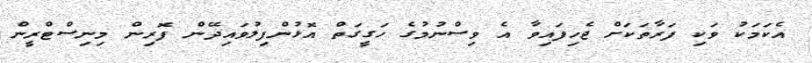
އެކަމަކު ވަކި ފަރާތަކަށް ޖެހިފައިވާ އެ ވިސްނުމުގެ ހަގީގަތް އޮޅުންފިލުވައިދޭން ފޮރިން މިނިސްޓްރީން